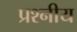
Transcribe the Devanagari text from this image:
प्रश्नीय